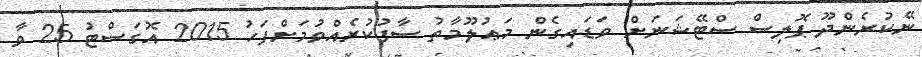
ނޭކުރެންދޫ ޕޮލިސް ސްޓޭޝަނަށް ވަޑައިގެން މަޢުލޫމާތު ސާފުކުރެއްވުމަށްފަހު 2015 އޮގަސްޓު 25 ވާ